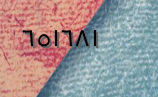
٦٥١٦٨١